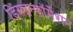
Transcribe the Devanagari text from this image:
डिसइन्फॉर्मेशन